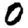
Digit: 0